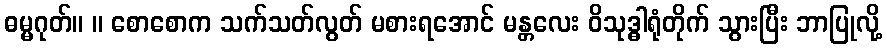
ဓမ္မဂုတ်။ ။ စောစောက သက်သတ်လွတ် မစားရအောင် မန္တလေး ဝိသုဒ္ဓါရုံတိုက် သွားပြီး ဘာပြုလို့